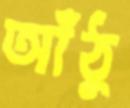
আঁঠু